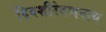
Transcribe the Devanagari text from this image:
दिवशीरेवणनाथ